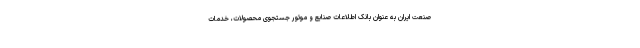
صنعت ایران به عنوان بانک اطلاعات صنایع و موتور جستجوی محصولات، خدمات